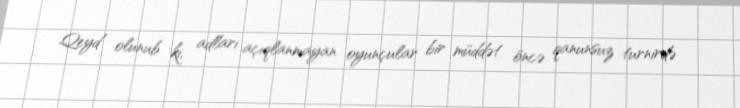
Qeyd olunub ki, adları açıqlanmayan oyunçular bir müddət öncə qanunsuz turnirdə